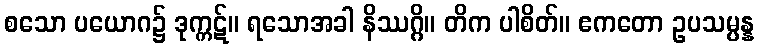
စသော ပယောဂ၌ ဒုက္ကဋ်။ ရသောအခါ နိဿဂ္ဂိ။ တိက ပါစိတ်။ ဧကတော ဥပသမ္ပန္န